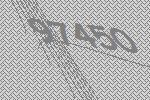
97450